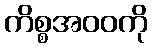
ကိစ္စအဝဝကို